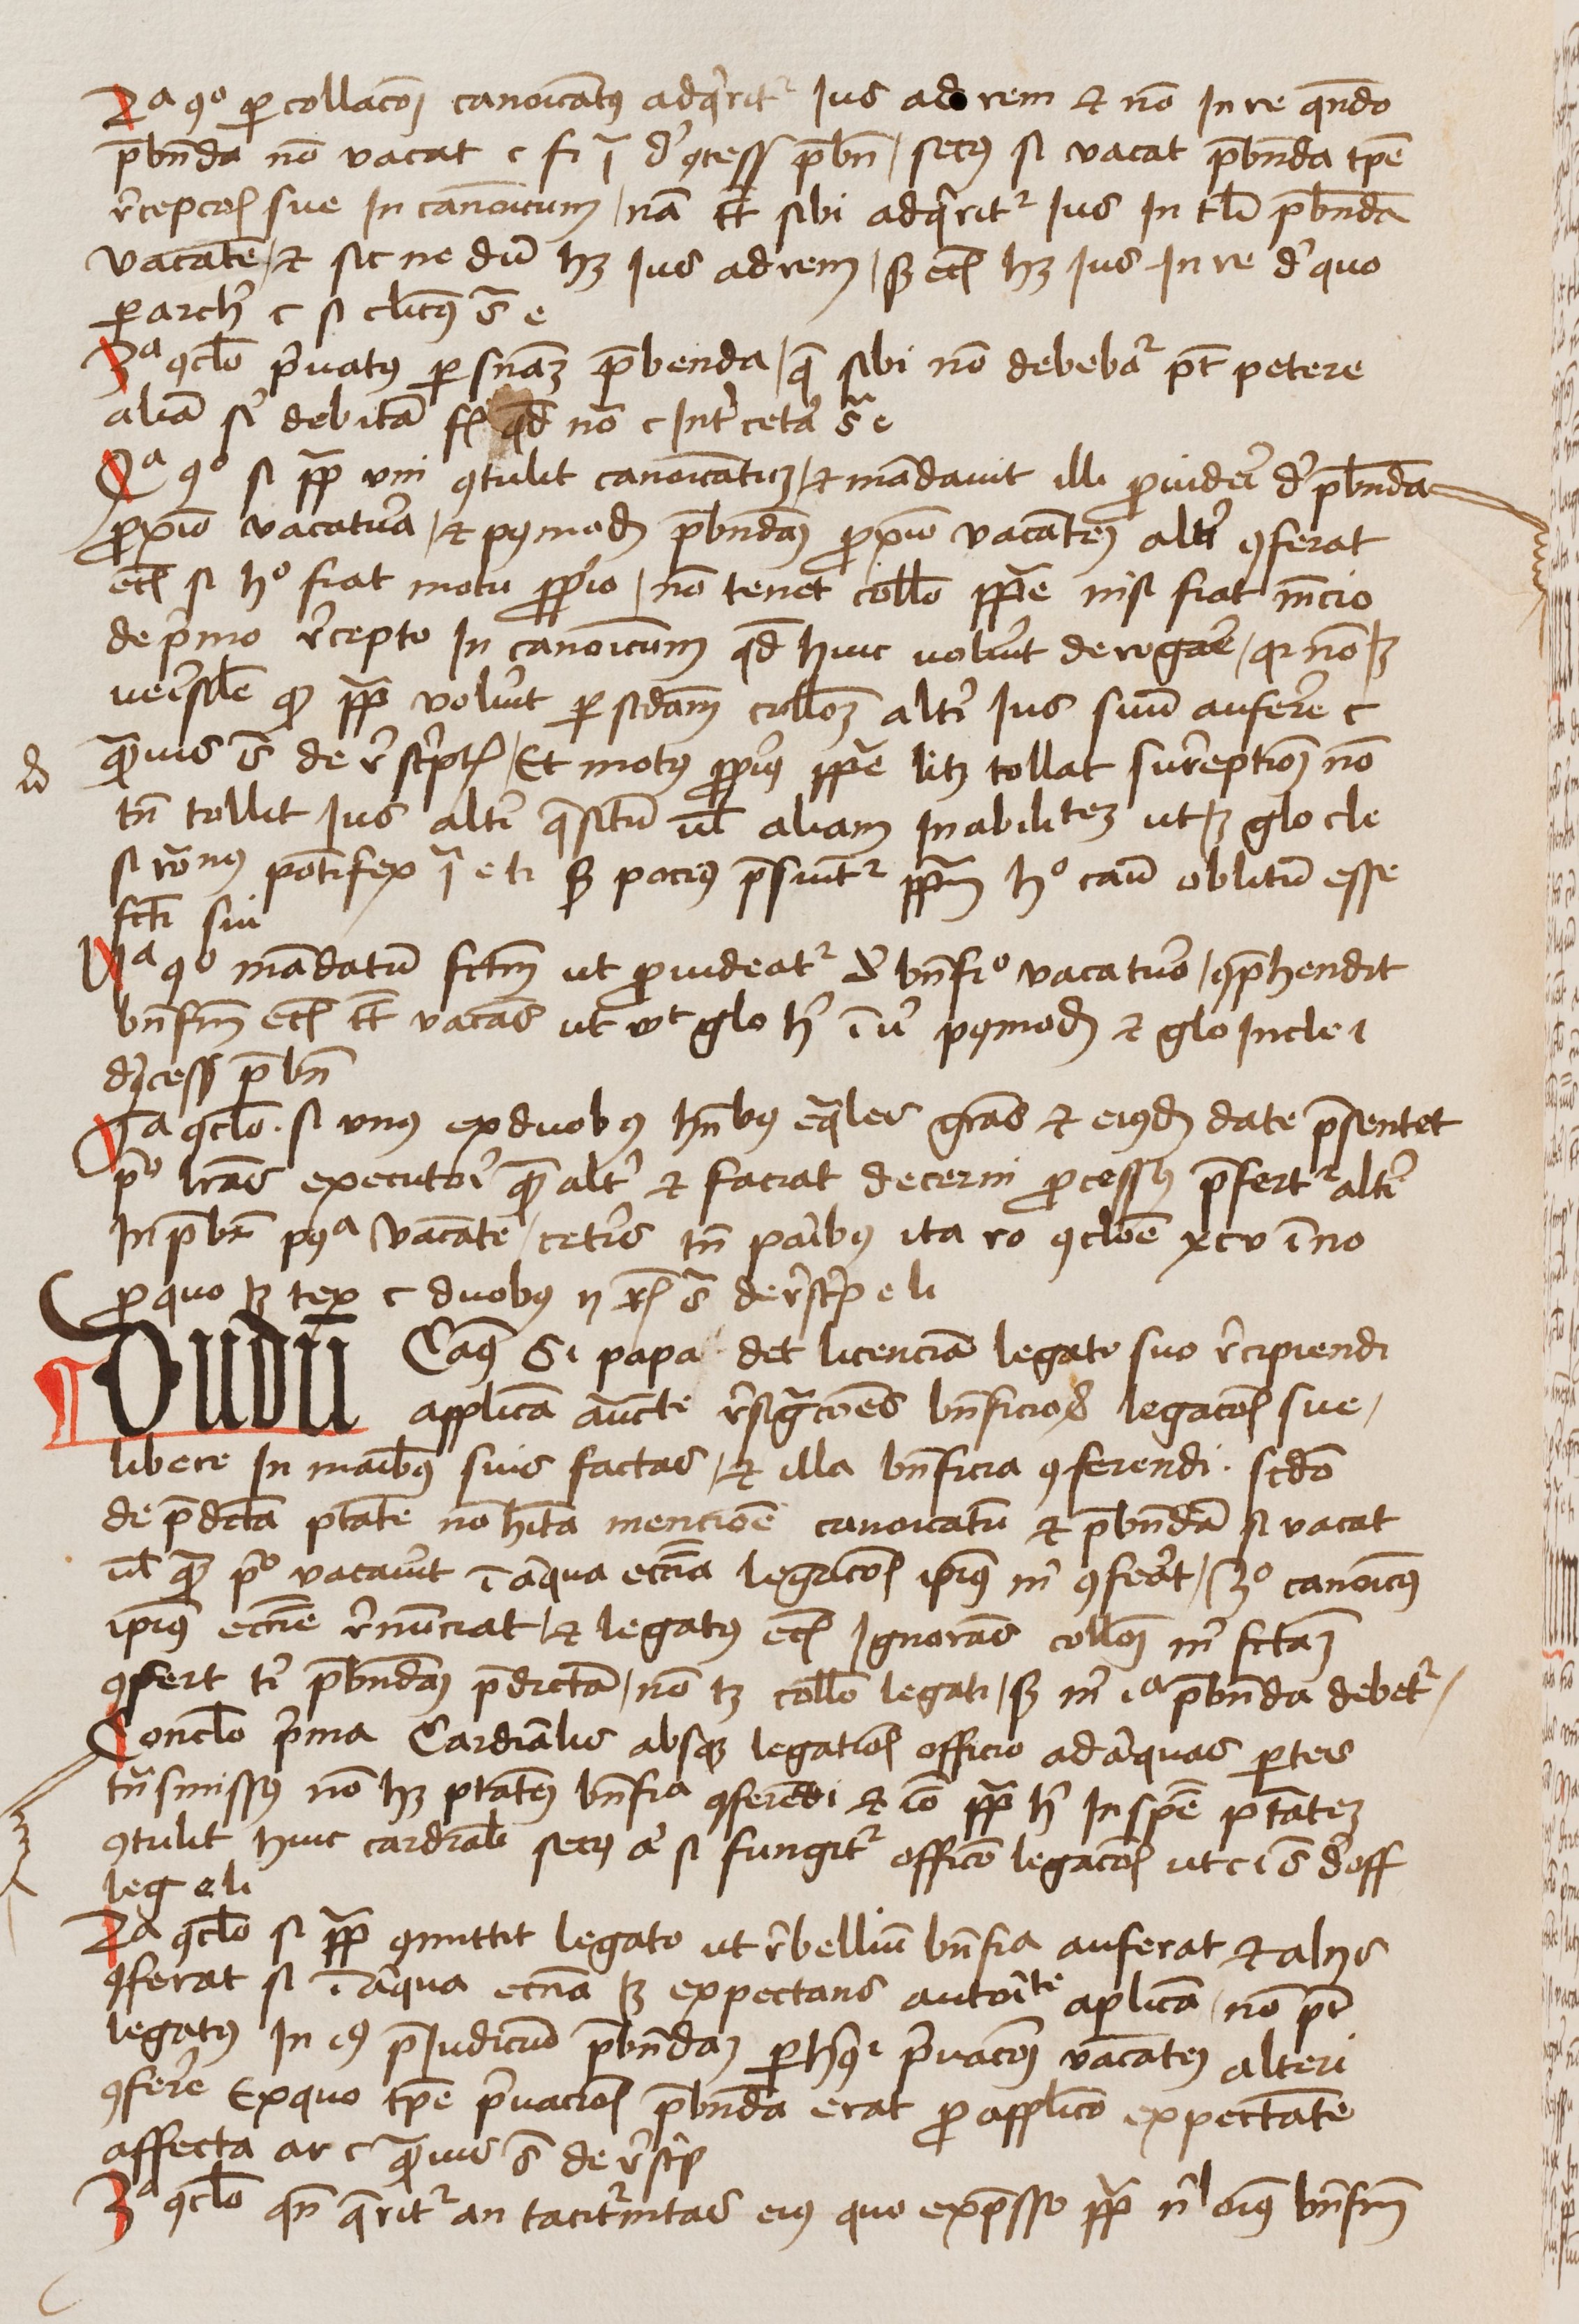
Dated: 1456–1486